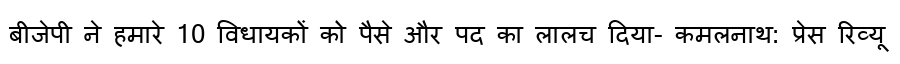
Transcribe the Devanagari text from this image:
बीजेपी ने हमारे 10 विधायकों को पैसे और पद का लालच दिया- कमलनाथ: प्रेस रिव्यू